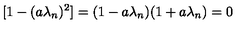
[ 1 - ( a \lambda _ { n } ) ^ { 2 } ] = ( 1 - a \lambda _ { n } ) ( 1 + a \lambda _ { n } ) = 0